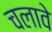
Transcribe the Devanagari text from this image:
चलावे